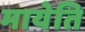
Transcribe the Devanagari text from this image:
मायेति